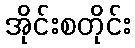
အိုင်းစတိုင်း